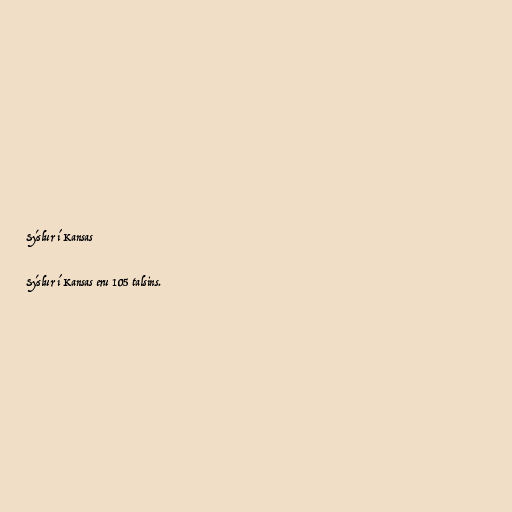
Sýslur í Kansas

Sýslur í Kansas eru 105 talsins.